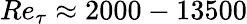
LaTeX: Re_{\tau}\approx 2000-13500